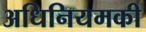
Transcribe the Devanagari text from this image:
अधिनियमकी